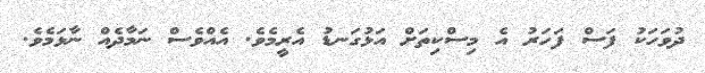
ދުވަހަކު ފަސް ފަހަރު އެ މިސްކިތަށް އަޅުގަނޑު އެރީމެވެ. އެއްވެސް ނަމާދެއް ނާޅަމެވެ.